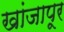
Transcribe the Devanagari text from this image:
खांजापूर